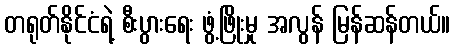
တရုတ်နိုင်ငံရဲ့ စီးပွားရေး ဖွံ့ဖြိုးမှု အလွန် မြန်ဆန်တယ်။